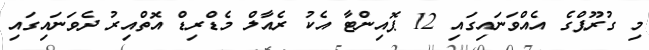
މި ގުރޫޕްގެ އެއްވަނައިގައި 12 ޕޮއިންޓާ އެކު ރެއާލް މެޑްރިޑް އޮތްއިރު ދެވަނައިގައި